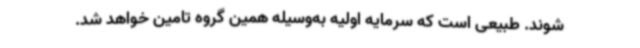
شوند. طبیعی است که سرمایه اولیه به‌وسیله همین گروه تامین خواهد شد.